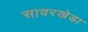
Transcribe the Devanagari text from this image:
सावरखेडा